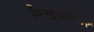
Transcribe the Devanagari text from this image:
विष्णुर्जलन्धरं